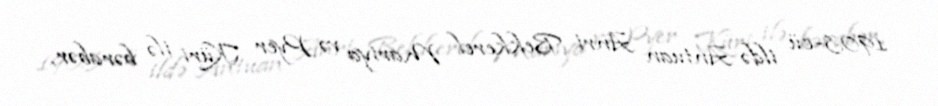
1903-cü ildə Antuan Anri Bekkerel Mariya və Pyer Küri ilə bərabər,